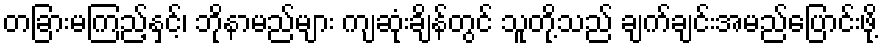
တခြားမကြည့်နှင့်၊ ဘိုနာမည်များ ကျဆုံးချိန်တွင် သူတို့သည် ချက်ချင်းအမည်ပြောင်းဖို့